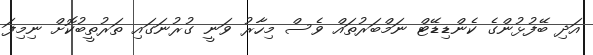
އަދި ބޭފުޅުންގެ ކެންޑިޑޭޓް ނަމްބަރުތައް ވެސް މިހާރު ވަނީ ގުރުނަގައި ތަރުތީބުކޮށް ނިމިފަ